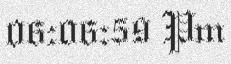
06:06:59 Pm